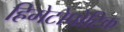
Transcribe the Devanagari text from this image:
हिमेटोपोटिक